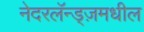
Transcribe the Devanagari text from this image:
नेदरलॅन्ड्ज़मधील